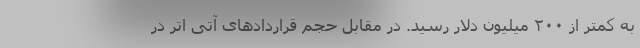
به کمتر از ۲۰۰ میلیون دلار رسید. در مقابل حجم قراردادهای آتی اتر در